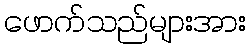
ဖောက်သည်များအား